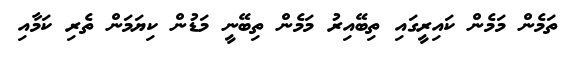
ތަމެން މަމެން ކައިރީގައި ތިބޭއިރު މަމެން ތިބޭނީ މަޑުން ކިޔަމަން ތެރި ކަމާއި